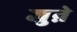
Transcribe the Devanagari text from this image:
जुऩे